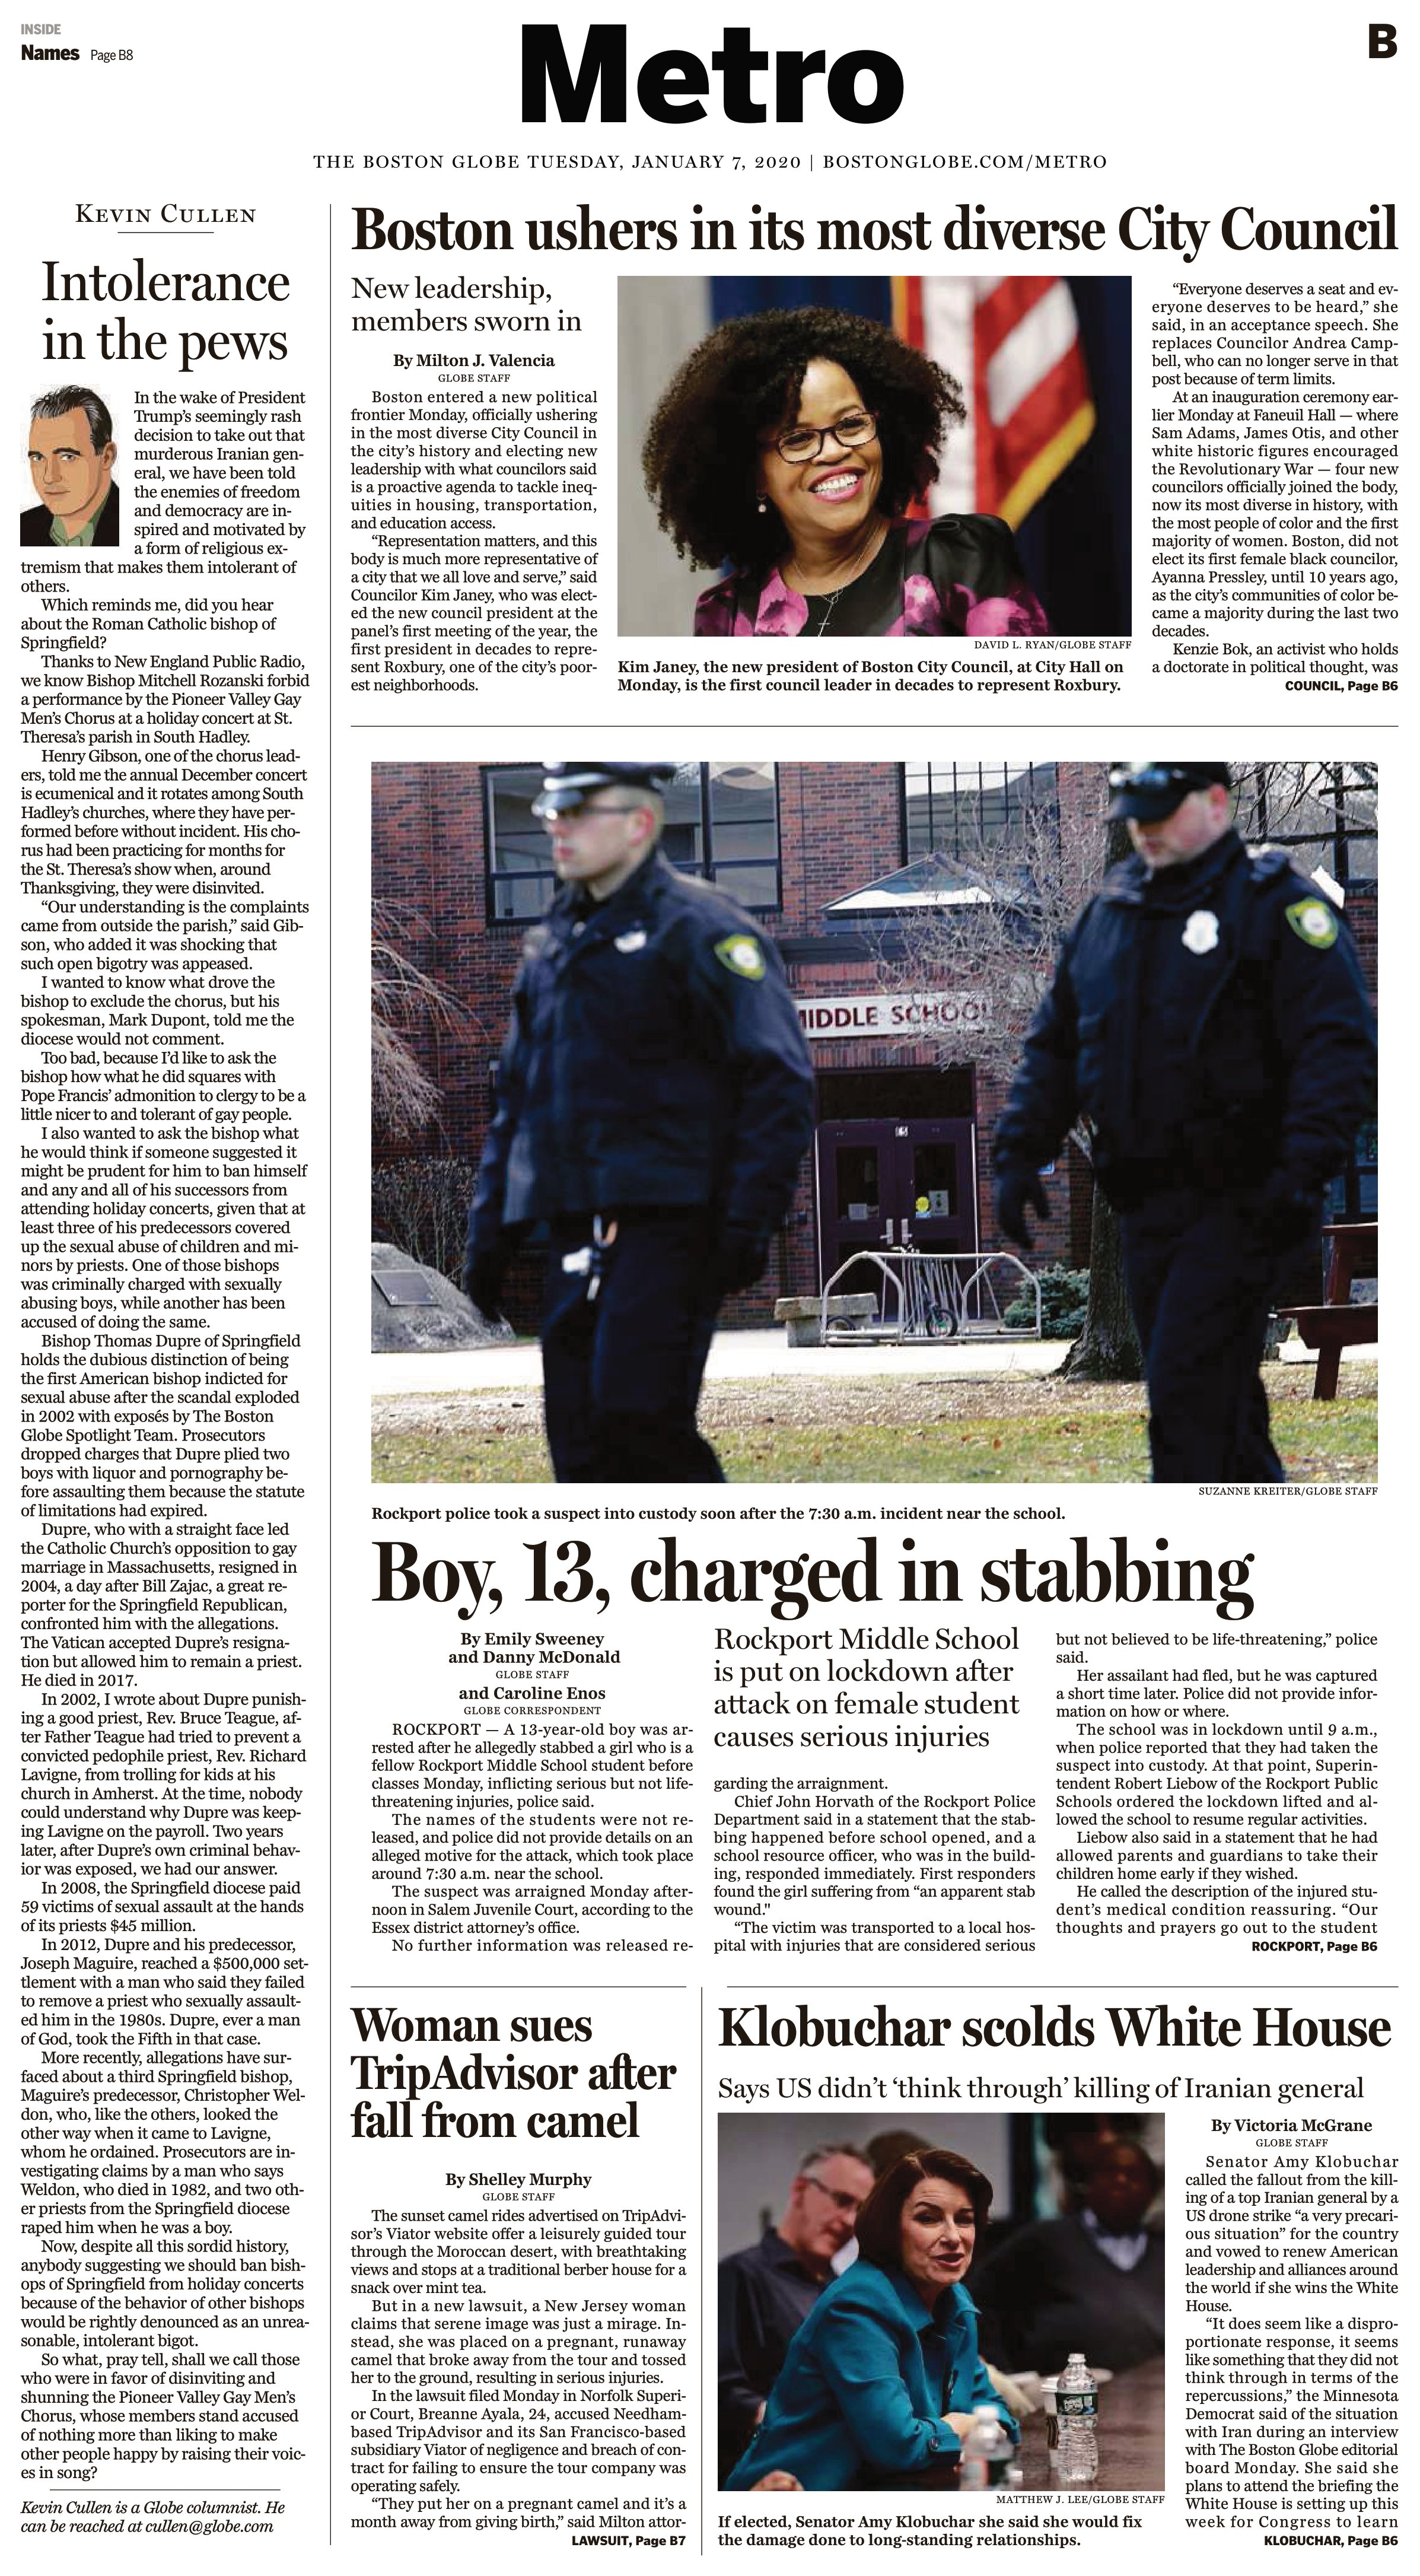
Language: en